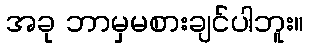
အခု ဘာမှမစားချင်ပါဘူး။